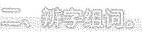
二、辨字组词。